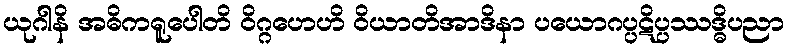
ယုဂါနိ အဓိကရူပေါတိ ဝိဂ္ဂဟေဟိ ဝိယာတိအာဒိနာ ပယောဂပ္ပဋိပ္ပဿဒ္ဓိပညာ